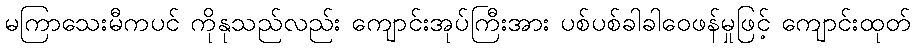
မကြာသေးမီကပင် ကိုနုသည်လည်း ကျောင်းအုပ်ကြီးအား ပစ်ပစ်ခါခါဝေဖန်မှုဖြင့် ကျောင်းထုတ်